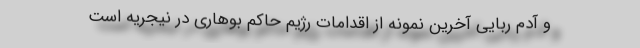
و آدم ربایی آخرین نمونه از اقدامات رژیم حاکم بوهاری در نیجریه است